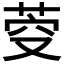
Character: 𮏋